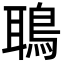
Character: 鵈